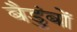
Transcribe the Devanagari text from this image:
बैडुंबों